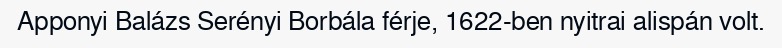
Apponyi Balázs Serényi Borbála férje, 1622-ben nyitrai alispán volt.